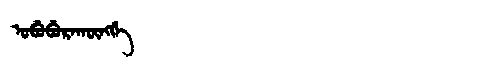
Manchu: ᠣᠪᡠᠪᡠᡵᠠᡴᡡᠩᡤᡝ
Romanization: OBUBURAKŪNGGE